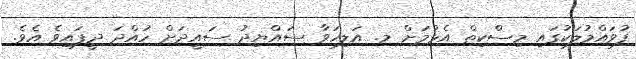
ފުވައްމުލަކުގައި މިސްކިތް އެޅުމަށް މ. އަލިހަވާ ސައްޔިދު ސައީދަށް ހުއްދަ ދީފައިވެ އެވެ.